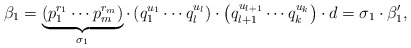
\begin{align*}\beta_{1}=\underbrace{\left(p_{1}^{r_{1} } \cdots p_{m}^{r_{m} } \right)}_{\sigma_{1} } \cdot \left(q_{1}^{u_{1} } \cdots q_{l}^{u_{l} } \right)\cdot \left(q_{l+1}^{u_{l+1} } \cdots q_{k}^{u_{k} } \right)\cdot d=\sigma_{1} \cdot \beta '_{1},\end{align*}